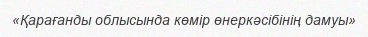
«Қарағанды облысында көмір өнеркәсібінің дамуы»